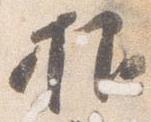
抑